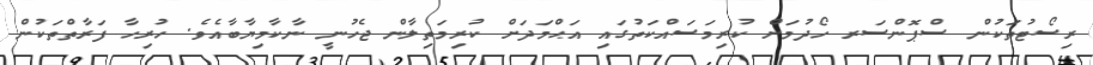
ރިސޯޓުތަކުން ސްޕޮންސަރ ހޯދުމަށް ކުރިމަސައްކަތުގައި އަޙްމަދަށް ކުރިމަތިލާން ޖެހުނީ ނާކާމިޔާބާއެވެ. ހުރިހާ ފަރާތްތަކުން